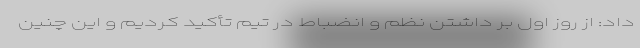
داد: از روز اول بر داشتن نظم و انضباط در تیم تأکید کردیم و این چنین